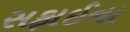
સફાઈના